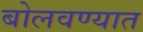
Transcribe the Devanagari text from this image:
बोलवण्यात